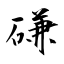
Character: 磏